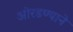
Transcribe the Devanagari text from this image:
ओरडण्याने